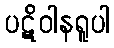
ပဋိဝါနရူပါ